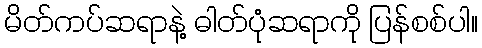
မိတ်ကပ်ဆရာနဲ့ ဓါတ်ပုံဆရာကို ပြန်စစ်ပါ။